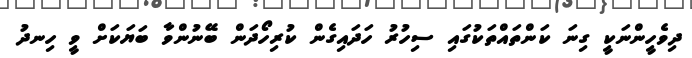
ދިވެހީންނަކީ ގިނަ ކަންތައްތަކުގައި ސިހުރު ހަދައިގެން ކުރިހޯދަން ބޭނުންވާ ބަޔަކަށް ވީ ހިނދު